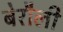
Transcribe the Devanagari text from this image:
बेरौली